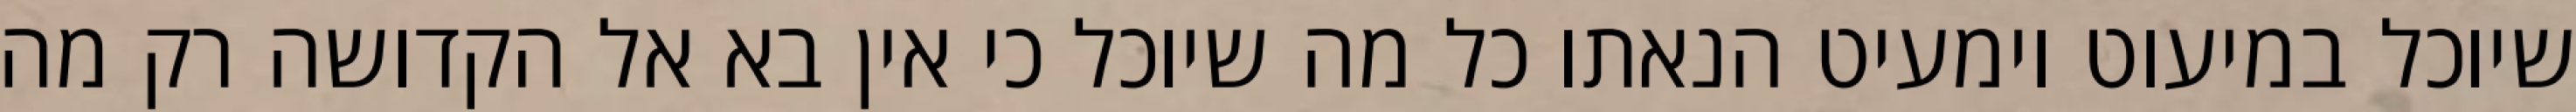
שיוכל במיעוט וימעיט הנאתו כל מה שיוכל כי אין בא אל הקדושה רק מה